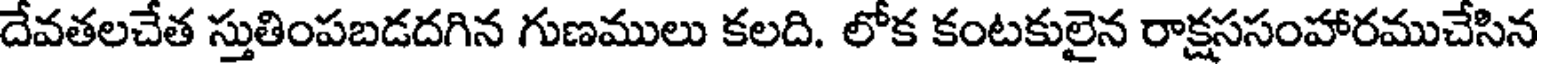
దేవతలచేత స్తుతింపబడదగిన గుణములు కలది. లోక కంటకులైన రాక్షససంహారముచేసిన